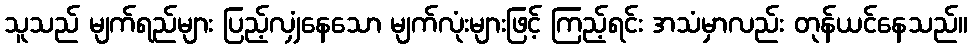
သူသည် မျက်ရည်များ ပြည့်လျှံနေသော မျက်လုံးများဖြင့် ကြည့်ရင်း အသံမှာလည်း တုန်ယင်နေသည်။